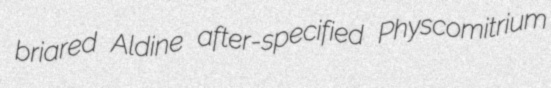
briared Aldine after-specified Physcomitrium